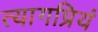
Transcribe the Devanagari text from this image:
त्यागप्रियं